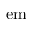
\mathrm { e m }